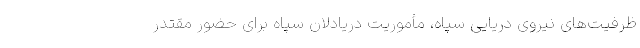
ظرفیت‌های نیروی دریایی سپاه، مأموریت دریادلان سپاه برای حضور مقتدر